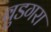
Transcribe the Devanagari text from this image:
बुडगरा